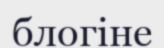
блогіне